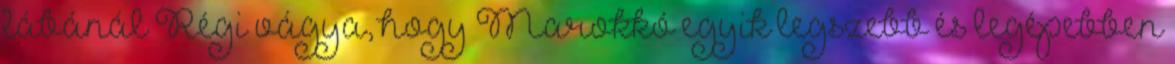
lábánál Régi vágya, hogy Marokkó egyik legszebb és legépebben